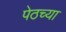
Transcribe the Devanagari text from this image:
पेठच्या